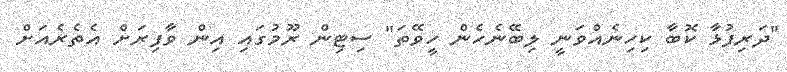
"ދަރިފުޅާ ކޮބާ ކިހިނެއްވަނީ ލިބޭނެހެން ހީވޭތަ" ސިޓިން ރޫމުގައި އިން ވާފިރަށް އެތެރެއަށް